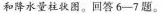
和降水量柱状。回答6-7题。